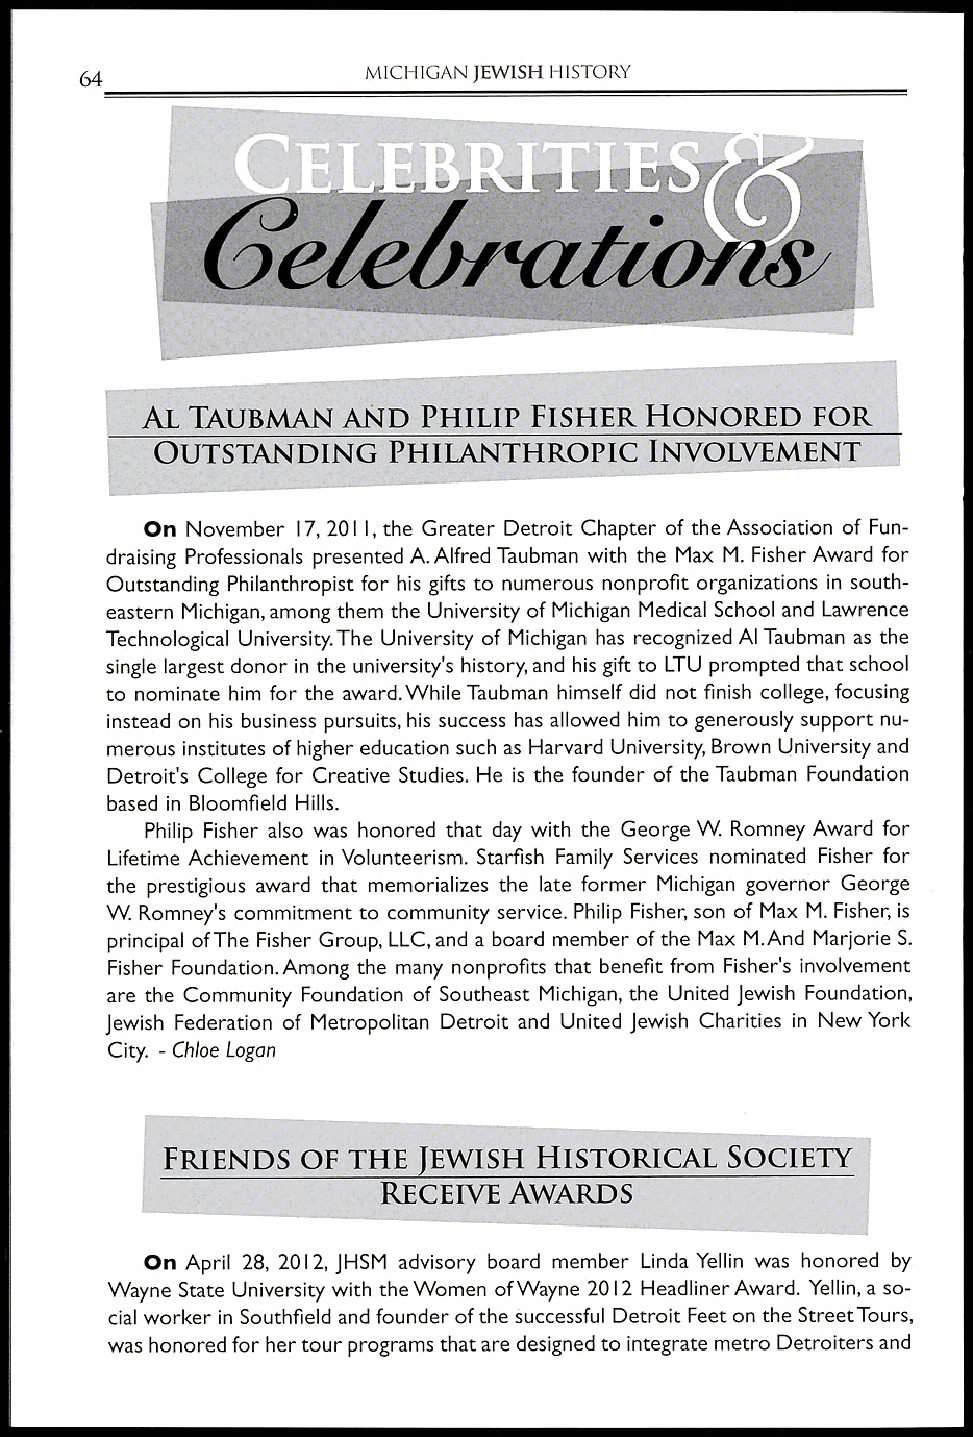
MICHIGAN JEWISH HISTORY
 AL TAUBMAN    AND  PHILIP FISHER  HONORED    FOR
 OUTSTANDING    PHILANTHROPIC    INVOLVEMENT
 On November 17, 2011, the Greater Detroit Chapter of the Association of Fun-
 draising Professionals presented A. Alfred Taubman with the Max M. Fisher Award for
 Outstanding Philanthropist for his gifts to numerous nonprofit organizations in south-
 eastern Michigan, among them the University of Michigan Medical School and Lawrence
 Technological University.The University of Michigan has recognized Al Taubman as the
 single largest donor in the university's history, and his gift to LTU prompted that school
 to nominate him for the award. While Taubman himself did not finish college, focusing
 instead on his business pursuits, his success has allowed him to generously support nu-
 merous institutes of higher education such as Harvard University, Brown University and
 Detroit's College for Creative Studies. He is the founder of the Taubman Foundation
 based in Bloomfield Hills.
 Philip Fisher also was honored that day with the George W. Romney Award for
 Lifetime Achievement in Volunteerism. Starfish Family Services nominated Fisher for
 the prestigious award that memorializes the late former Michigan governor George
 W. Romney's commitment to community service. Philip Fisher, son of Max M. Fisher, is
 principal of The Fisher Group, LLC, and a board member of the Max M.And Marjorie S.
 Fisher Foundation. Among the many nonprofits that benefit from Fisher's involvement
 are the Community Foundation of Southeast Michigan, the United Jewish Foundation,
 Jewish Federation of Metropolitan Detroit and United Jewish Charities in New York
 City. - Chloe Logan
 FRIENDS  OF THE  JEWISH HISTORICAL   SOCIETY
 RECEIVE  AWARDS
 On April 28, 2012, JHSM advisory board member Linda Yellin was honored by
 Wayne State University with the Women of Wayne 2012 Headliner Award. Yellin, a so-
 cial worker in Southfield and founder of the successful Detroit Feet on the Street Tours,
 was honored for her tour programs that are designed to integrate metro Detroiters and